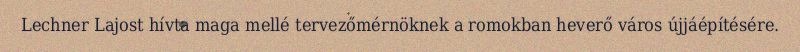
Lechner Lajost hívta maga mellé tervezőmérnöknek a romokban heverő város újjáépítésére.